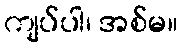
ကျပ်ပါ၊ အစ်မ။